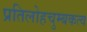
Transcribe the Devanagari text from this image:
प्रतिलोहचुम्बकत्व